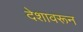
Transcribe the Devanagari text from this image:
देशावरून